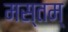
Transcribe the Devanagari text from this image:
मस्तम्